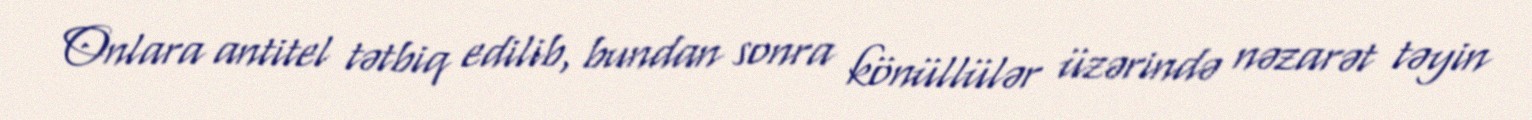
Onlara antitel tətbiq edilib, bundan sonra könüllülər üzərində nəzarət təyin